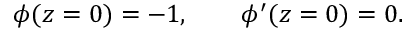
\phi ( z = 0 ) = - 1 , \qquad \phi ^ { \prime } ( z = 0 ) = 0 .